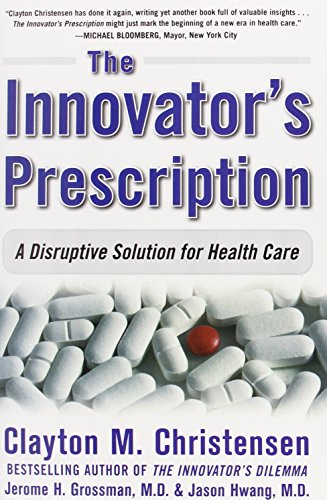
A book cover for The Innovator's Prescription: A Disruptive Solution for Health Care; Clayton M. Christensen; Medical Books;